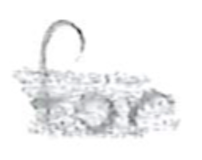
Text: for
Cross-out: scratch
Writing tool: pencil